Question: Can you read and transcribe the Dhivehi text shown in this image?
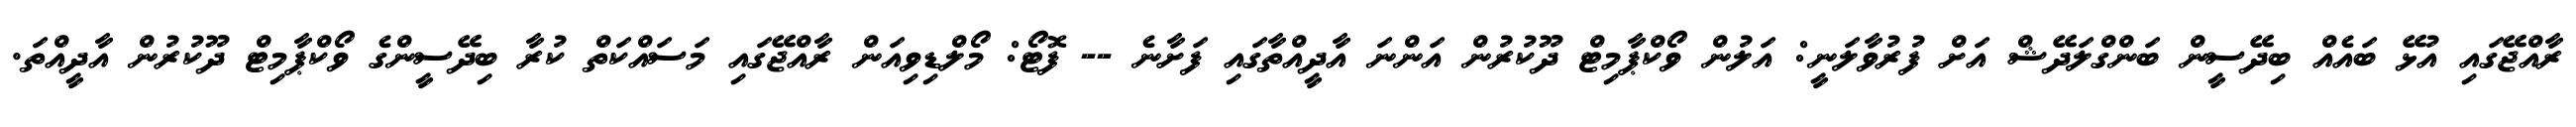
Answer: ރާއްޖޭގައި އުޅޭ ބައެއް ބިދޭސީން ބަންގްލަދޭޝް އަށް ފުރުވާލަނީ: އަލުން ވޯކްޕާމިޓް ދޫކުރުން އަންނަ އާދީއްތާގައި ފަށާނެ -- ފޮޓޯ: މޯލްޑިވިއަން ރާއްޖޭގައި މަސައްކަތް ކުރާ ބިދޭސީންގެ ވޯކްޕާމިޓް ދޫކުރުން އާދީއްތަ.